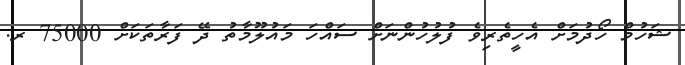
ޝަހުމް ހޯދުމަށް އެހީތެރިވެ ފުލުހުންނަށް ސައްހަ މައުލޫމާތު ދޭ ފަރާތަކަށް 75000 ރ.